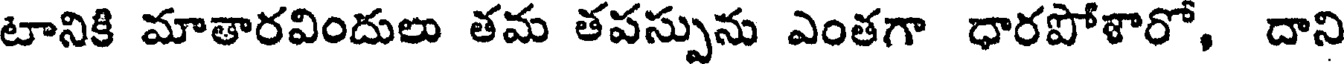
టానికి మాతారవిందులు తమ తపస్పును ఎంతగా ధారపోళారో, దాని